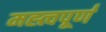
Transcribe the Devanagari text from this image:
मह्त्वपूण॑